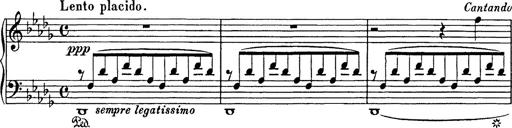
Title: Consolations
Composer: Franz Liszt